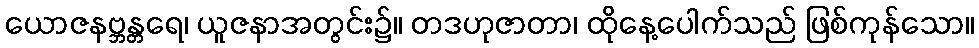
ယောဇနဗ္ဘန္တရေ၊ ယူဇနာအတွင်း၌။ တဒဟုဇာတာ၊ ထိုနေ့ပေါက်သည် ဖြစ်ကုန်သော။